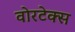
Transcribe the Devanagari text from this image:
वोरटेक्स